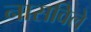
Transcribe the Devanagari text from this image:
नासविले